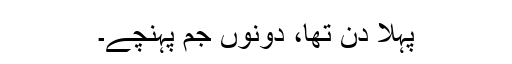
پہلا دن تھا، دونوں جم پہنچے۔